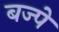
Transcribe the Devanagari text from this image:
बज्पे